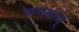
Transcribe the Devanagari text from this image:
रूपकम्